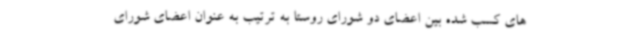
های کسب شده بین اعضای دو شورای روستا به ترتیب به عنوان اعضای شورای